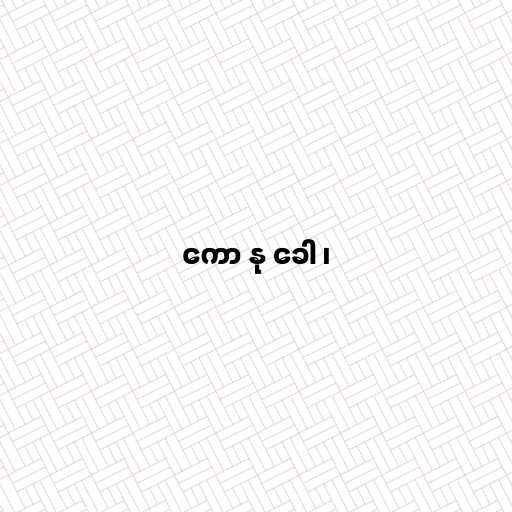
ကော နု ခေါ ၊